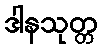
ဒါနသုတ္တ